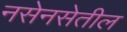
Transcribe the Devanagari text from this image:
नसेनसेतील